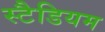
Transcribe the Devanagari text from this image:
स्टैडियम